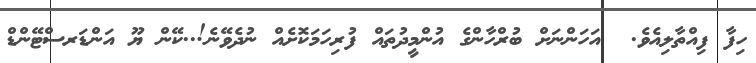
ހިފާ ފިއްތާލިއެވެ.  އަހަންނަށް ބުރްހާންގެ އުންމީދުތައް ފުރިހަމަކޮށެއް ނުދެވޭނެ!..ކޭން ޔޫ އަންޑަރސްޓޭންޑް